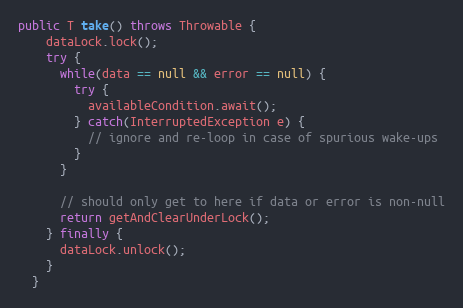
Language: Java
public T take() throws Throwable {
    dataLock.lock();
    try {
      while(data == null && error == null) {
        try {
          availableCondition.await();
        } catch(InterruptedException e) {
          // ignore and re-loop in case of spurious wake-ups
        }
      }

      // should only get to here if data or error is non-null
      return getAndClearUnderLock();
    } finally {
      dataLock.unlock();
    }
  }